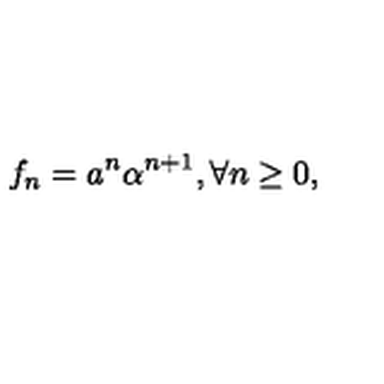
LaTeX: f _ { n } = a ^ { n } \alpha ^ { n + 1 } , \forall n \geq 0 , \ \